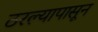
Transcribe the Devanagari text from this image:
ठरल्यापासून